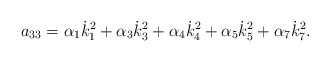
\begin{align*}a_{33}=\alpha _1\dot{k}_1^2+\alpha _3\dot{k}_3^2+\alpha _4\dot{k}_4^2+\alpha_5\dot{k}_5^2+\alpha _7\dot{k}_7^2. \end{align*}